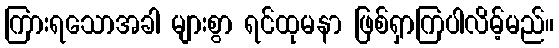
ကြားရသောအခါ များစွာ ရင်ထုမနာ ဖြစ်ရှာကြပါလိမ့်မည်။